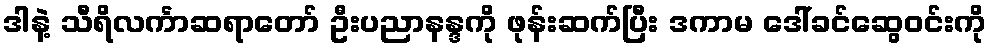
ဒါနဲ့ သီရိလင်္ကာဆရာတော် ဦးပညာနန္ဒကို ဖုန်းဆက်ပြီး ဒကာမ ဒေါ်ခင်ဆွေဝင်းကို